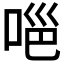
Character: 𭈊